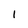
Character: I